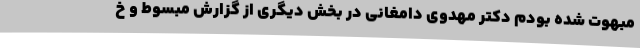
مبهوت شده بودم دکتر مهدوی دامغانی در بخش دیگری از گزارش مبسوط و خ